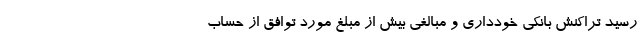
رسید تراکنش بانکی خودداری و مبالغی بیش از مبلغ مورد توافق از حساب